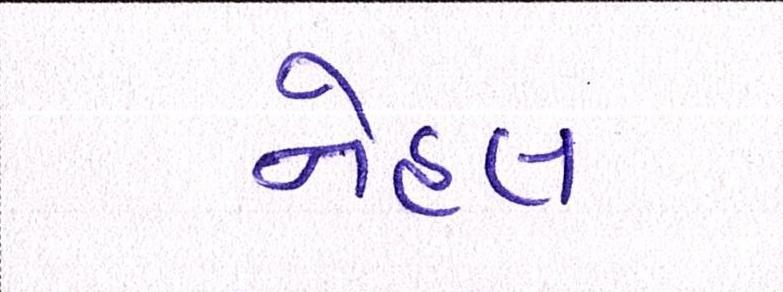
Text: નેહલ